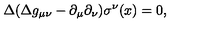
\Delta ( \Delta g _ { \mu \nu } - \partial _ { \mu } \partial _ { \nu } ) \sigma ^ { \nu } ( x ) = 0 ,